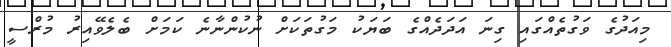
މިއަދުގެ ވަގުތެއްގައި ގިނަ އަދަދެއްގެ ބަޔަކު މަގުތަކަށް ނުކުންނާނެ ކަމަށް ބެލެވޭއިރު މުރްސީ